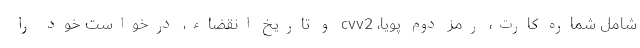
شامل شماره کارت، رمز دوم پویا، ‌cvv2 و تاریخ انقضاء، درخواست خود را